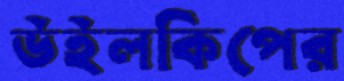
উইলকিপের